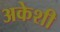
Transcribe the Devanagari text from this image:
अकेशी